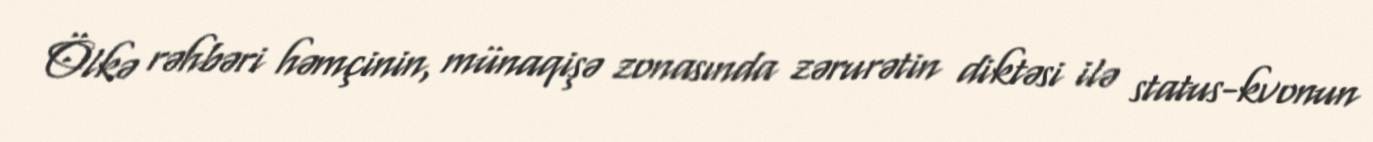
Ölkə rəhbəri həmçinin, münaqişə zonasında zərurətin diktəsi ilə status-kvonun